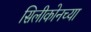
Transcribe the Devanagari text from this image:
सिलीकोनच्या